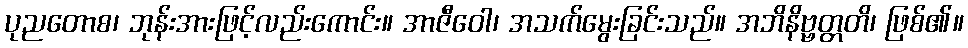
ပုညတောစ၊ ဘုန်းအားဖြင့်လည်းကောင်း။ အာဇီဝေါ၊ အသက်မွေးခြင်းသည်။ အဘိနိဗ္ဗတ္တတိ၊ ဖြစ်၏။